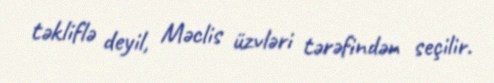
təkliflə deyil, Məclis üzvləri tərəfindən seçilir.